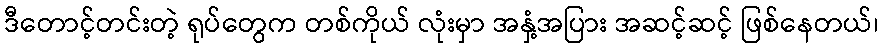
ဒီတောင့်တင်းတဲ့ ရုပ်တွေက တစ်ကိုယ် လုံးမှာ အနှံ့အပြား အဆင့်ဆင့် ဖြစ်နေတယ်၊